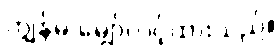
ကျွန်မ မျှော်လင့်ထားသည်။